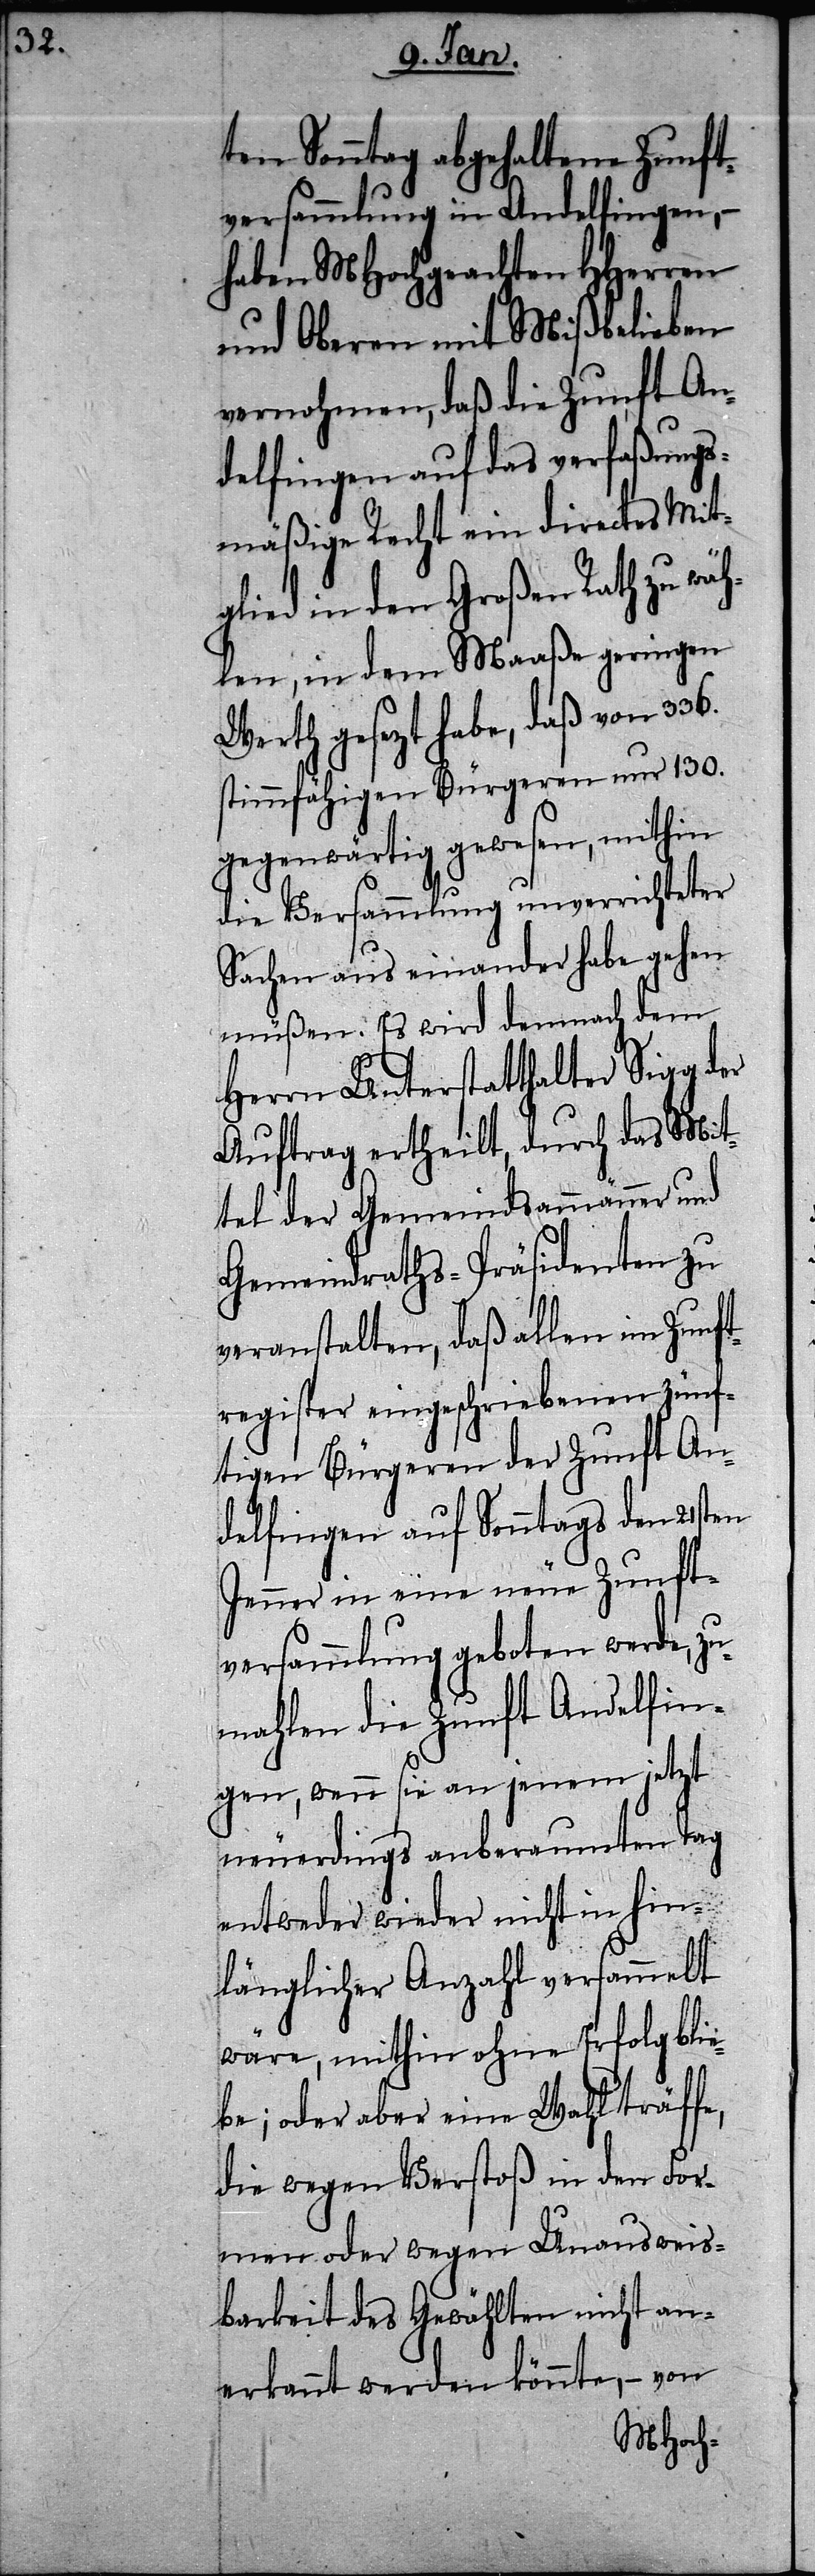
ten Sonntag abgehaltene Zunft¬
versammlung in Andelfingen, –
haben MHochgeachten HHerren
und Oberen mit Mißbelieben
vernohmen, daß die Zunft An¬
delfingen auf das verfaßungs¬
mäßige Recht ein directes Mit¬
glied in den Großen Rath zu wäh¬
len, in dem Maaße geringen
Werth gesezt habe, daß von 336.
stimmfähigen Bürgeren nur 130.
gegenwärtig gewesen, mithin
die Versammlung unverrichteter
Sachen aus einander habe gehen
müßen. Es wird demnach dem
Herrn Unterstatthalter Sigg der
Auftrag ertheilt, durch das Mit¬
tel der Gemeindsammänner und
Gemeindraths-Präsidenten zu
veranstalten, daß allen im Zunft¬
register eingeschriebenen zünf¬
tigen Bürgeren der Zunft An¬
delfingen auf Sonntags den 21sten
Jenner in eine neue Zunft¬
versammlung geboten werde, z¬
umahlen die Zunft Andelfin¬
gen, wenn sie an jenem jetzt
neuerdings anberaumten Tag
entweder wieder nicht in hin¬
länglicher Anzahl versammelt
wäre, mithin ohne Erfolg blie¬
be; oder aber eine Wahl träffe,
die wegen Verstoß in den For¬
men oder wegen Unausweis¬
barkeit des Gewählten nicht an¬
erkannt werden könnte, – von